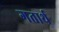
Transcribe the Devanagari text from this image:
गतार्थ